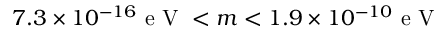
7 . 3 \times 1 0 ^ { - 1 6 } \mathrm { ~ e ~ V ~ } < m < 1 . 9 \times 1 0 ^ { - 1 0 } \mathrm { ~ e ~ V ~ }